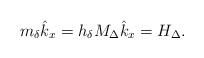
LaTeX: \begin{align*}m_{\delta}\hat{k}_{x}=h_{\delta}M_{\Delta}\hat{k}_{x}=H_{\Delta}.\end{align*}